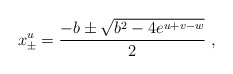
\begin{align*}x_\pm^u = {-b\pm \sqrt{b^2-4e^{u+v-w}}\over2} \ ,\end{align*}